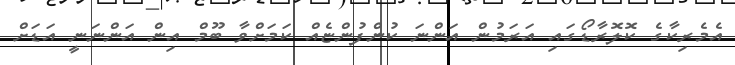
އެމެރިކާގެ ކޮލޮރާޑޯގައި އަރަމުން އަންނަ ކުންފުންޏެއް ކަމަށްވާ ބޫމް އިން އަންނަނީ އަޑަށް